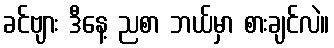
ခင်ဗျား ဒီနေ့ ညစာ ဘယ်မှာ စားချင်လဲ။